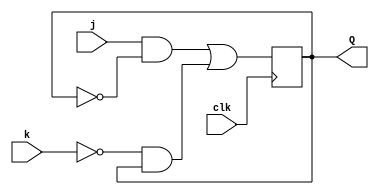
module top_module (
    input clk,
    input j,
    input k,
    output Q);
    wire w1,w2,w3;    
    assign w1 = j&~Q,
        w2= ~k&Q,
        w3=w1|w2;
    always @(posedge clk)begin
        Q <=w3;
    end
endmodule